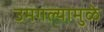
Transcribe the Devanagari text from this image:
उमगल्यामुळे